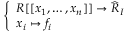
\left\{ \begin{array} { l l } { R [ [ x _ { 1 } , \ldots , x _ { n } ] ] \to { \widehat { R } } _ { I } } \\ { x _ { i } \mapsto f _ { i } } \end{array} \right.